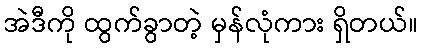
အဲဒီကို ထွက်ခွာတဲ့ မှန်လုံကား ရှိတယ်။